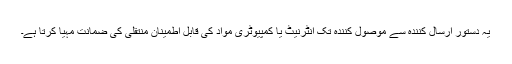
یہ دستور ارسال کنندہ سے موصول کنندہ تک انٹرنیٹ یا کمپیوٹری مواد کی قابل اطمینان منتقلی کی ضمانت مہیا کرتا ہے۔